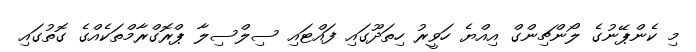
މި ކެންޕޭނުގެ ލޯންޗިންގް އިއްޔެ ހަވީރު ހިތަދޫގައި ފައްޓައި ސިލްސިލާ ޕްރޮގްރާމްތަކެއްގެ ގޮތުގައި